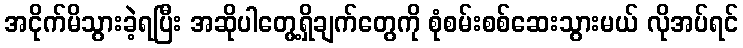
အငိုက်မိသွားခဲ့ရပြီး အဆိုပါတွေ့ရှိချက်တွေကို စုံစမ်းစစ်ဆေးသွားမယ် လိုအပ်ရင်